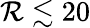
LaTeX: \mathcal{R}\lesssim 20